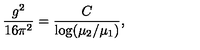
\frac { g ^ { 2 } } { 1 6 \pi ^ { 2 } } = \frac { C } { \log ( \mu _ { 2 } / \mu _ { 1 } ) } ,